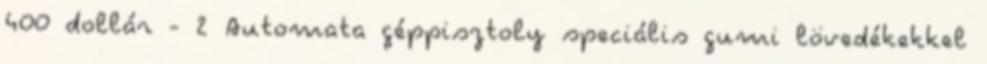
400 dollár - 2 Automata géppisztoly speciális gumi lövedékekkel